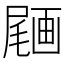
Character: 𡳒